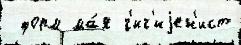
 форм ма́я г'иг'иjен'ист